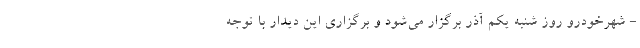
- شهرخودرو روز شنبه یکم آذر برگزار می‌شود و برگزاری این دیدار با توجه